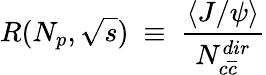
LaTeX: R(N_{p},\sqrt{s})~\equiv~\frac{\langle J/\psi\rangle}{N_{c\overline{{{c}}}}^{dir}}